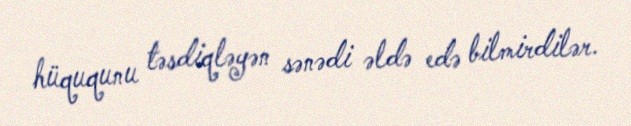
hüququnu təsdiqləyən sənədi əldə edə bilmirdilər.